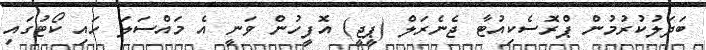
ބަދަލުކުރުމުން ޕްރޮސެކިއުޓާ ޖެނެރަލް (ޕީޖީ) އޮފީހުން ވަނީ އެ މައްސަލަ ހައި ކޯޓުގައި